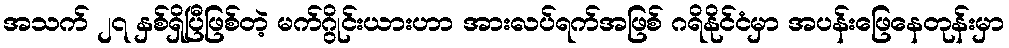
အသက် ၂၇ နှစ်ရှိပြီဖြစ်တဲ့ မက်ဂွိုင်းယားဟာ အားလပ်ရက်အဖြစ် ဂရိနိုင်ငံမှာ အပန်းဖြေနေတုန်းမှာ